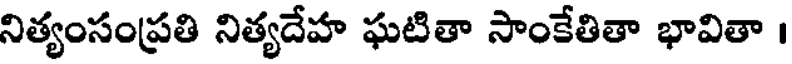
నిత్యంసంప్రతి నిత్యదేహ ఘటితా సాంకేతితా భావితా ।